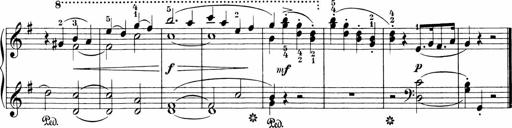
Title: 3 Sonatinas
Composer: Carl Reinecke